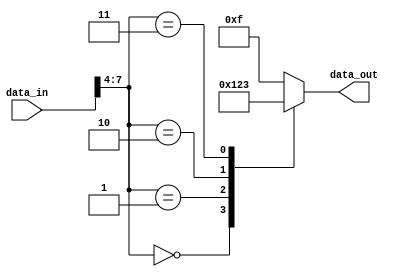
module Encoder(
    input [7:0] data_in,
    output reg [3:0] data_out
);

// Data processing block
reg [3:0] processed_data;
always @(*) begin
    processed_data = data_in >> 4; // Shifting input data by 4 bits for processing
end

// Mapping block
always @(*) begin
    case (processed_data)
        4'b0000: data_out = 4'b0000; // Mapping rules for processed data
        4'b0001: data_out = 4'b0001;
        4'b0010: data_out = 4'b0010;
        4'b0011: data_out = 4'b0011;
        // Add more mapping rules as needed
        default: data_out = 4'b1111; // Default mapping value
    endcase
end

endmodule